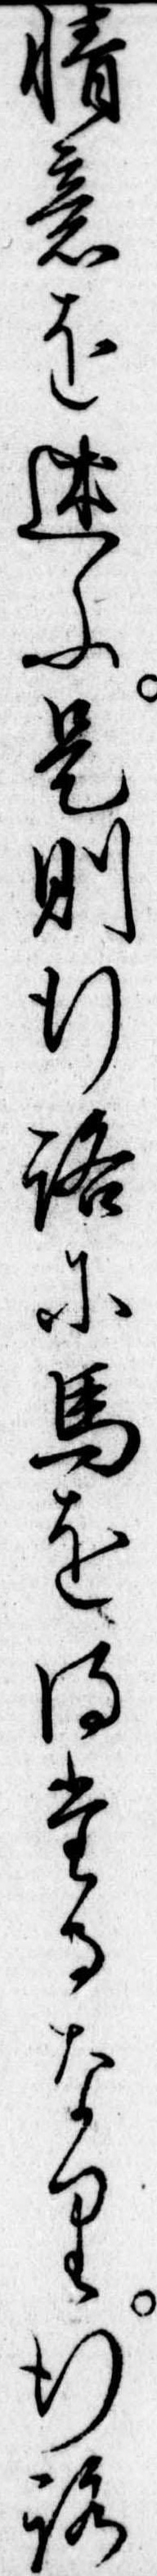
情意を述ふ是則行路に馬を得たるなり行路